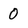
Character: 0